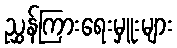
ညွှန်ကြားရေးမှူးများ